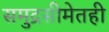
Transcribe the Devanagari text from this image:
समुद्रसीमेतही